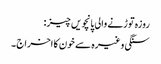
روزہ توڑنے والی پانچویں چیز :
سنگی وغیرہ سے خون کا اخراج ۔